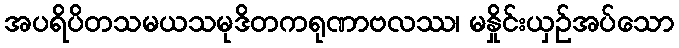
အပရိပိတသမယသမုဒိတကရုဏာဗလဿ၊ မနှိုင်းယှဉ်အပ်သော